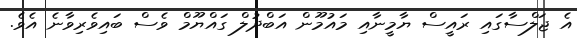
އެ ޖަލްސާގައި ރައީސް ޔާމީނާއި މައުމޫން އަބްދުލް ގައްޔޫމް ވެސް ބައިވެރިވާނެ އެވެ.